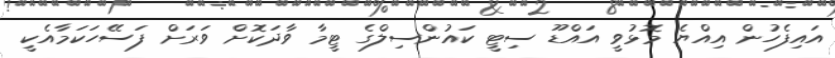
އައިފެހުން އިއްޔެ މޮޅުވީ އައްޑޫ ސިޓީ ކައުންސިލްގެ ޓީމާ ވާދަކޮށް ވަރަށް ފަސޭހަކަމާއެކީ